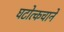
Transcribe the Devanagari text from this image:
घटोत्कचाने